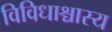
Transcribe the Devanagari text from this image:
विविधाश्चास्य